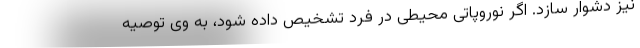
نیز دشوار سازد. اگر نوروپاتی محیطی در فرد تشخیص داده شود، به وی توصیه